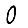
Digit: 0